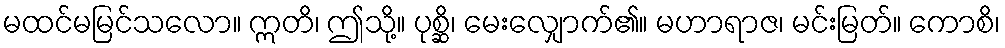
မထင်မမြင်သလော။ ဣတိ၊ ဤသို့။ ပုစ္ဆိ၊ မေးလျှောက်၏။ မဟာရာဇ၊ မင်းမြတ်။ ကောစိ၊